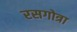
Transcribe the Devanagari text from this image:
रसगोत्रा